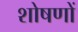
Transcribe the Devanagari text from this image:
शोषणों